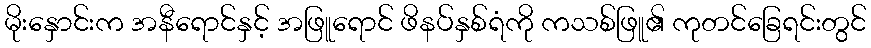
မိုးနှောင်းက အနီရောင်နှင့် အဖြူရောင် ဖိနပ်နှစ်ရံကို ကသစ်ဖြူ၏ ကုတင်ခြေရင်းတွင်